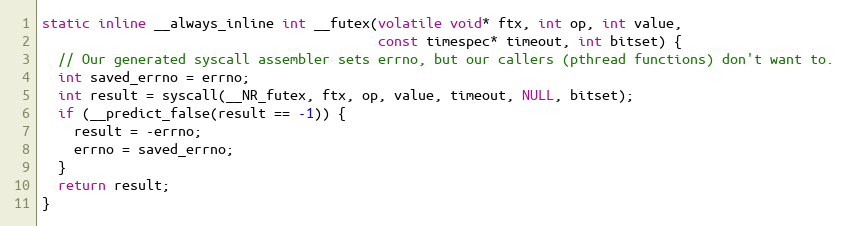
Language: C
static inline __always_inline int __futex(volatile void* ftx, int op, int value,
                                          const timespec* timeout, int bitset) {
  // Our generated syscall assembler sets errno, but our callers (pthread functions) don't want to.
  int saved_errno = errno;
  int result = syscall(__NR_futex, ftx, op, value, timeout, NULL, bitset);
  if (__predict_false(result == -1)) {
    result = -errno;
    errno = saved_errno;
  }
  return result;
}